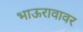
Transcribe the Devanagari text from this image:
भाऊरावावर